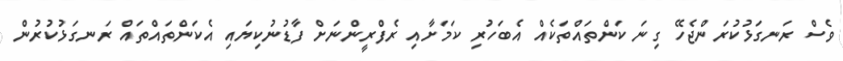
ވެސް ރަނގަޅުކުރަންޖެހޭ ގިނަ ކަންތައްތަކެއް އެބަހުރި ކަމަށާއި ރެފްރީންނަށް ފާޑުނުކިޔައި އެކަންތައްތައް ރަނގަޅުކުރުން